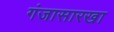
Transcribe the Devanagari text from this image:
गंजासारखा